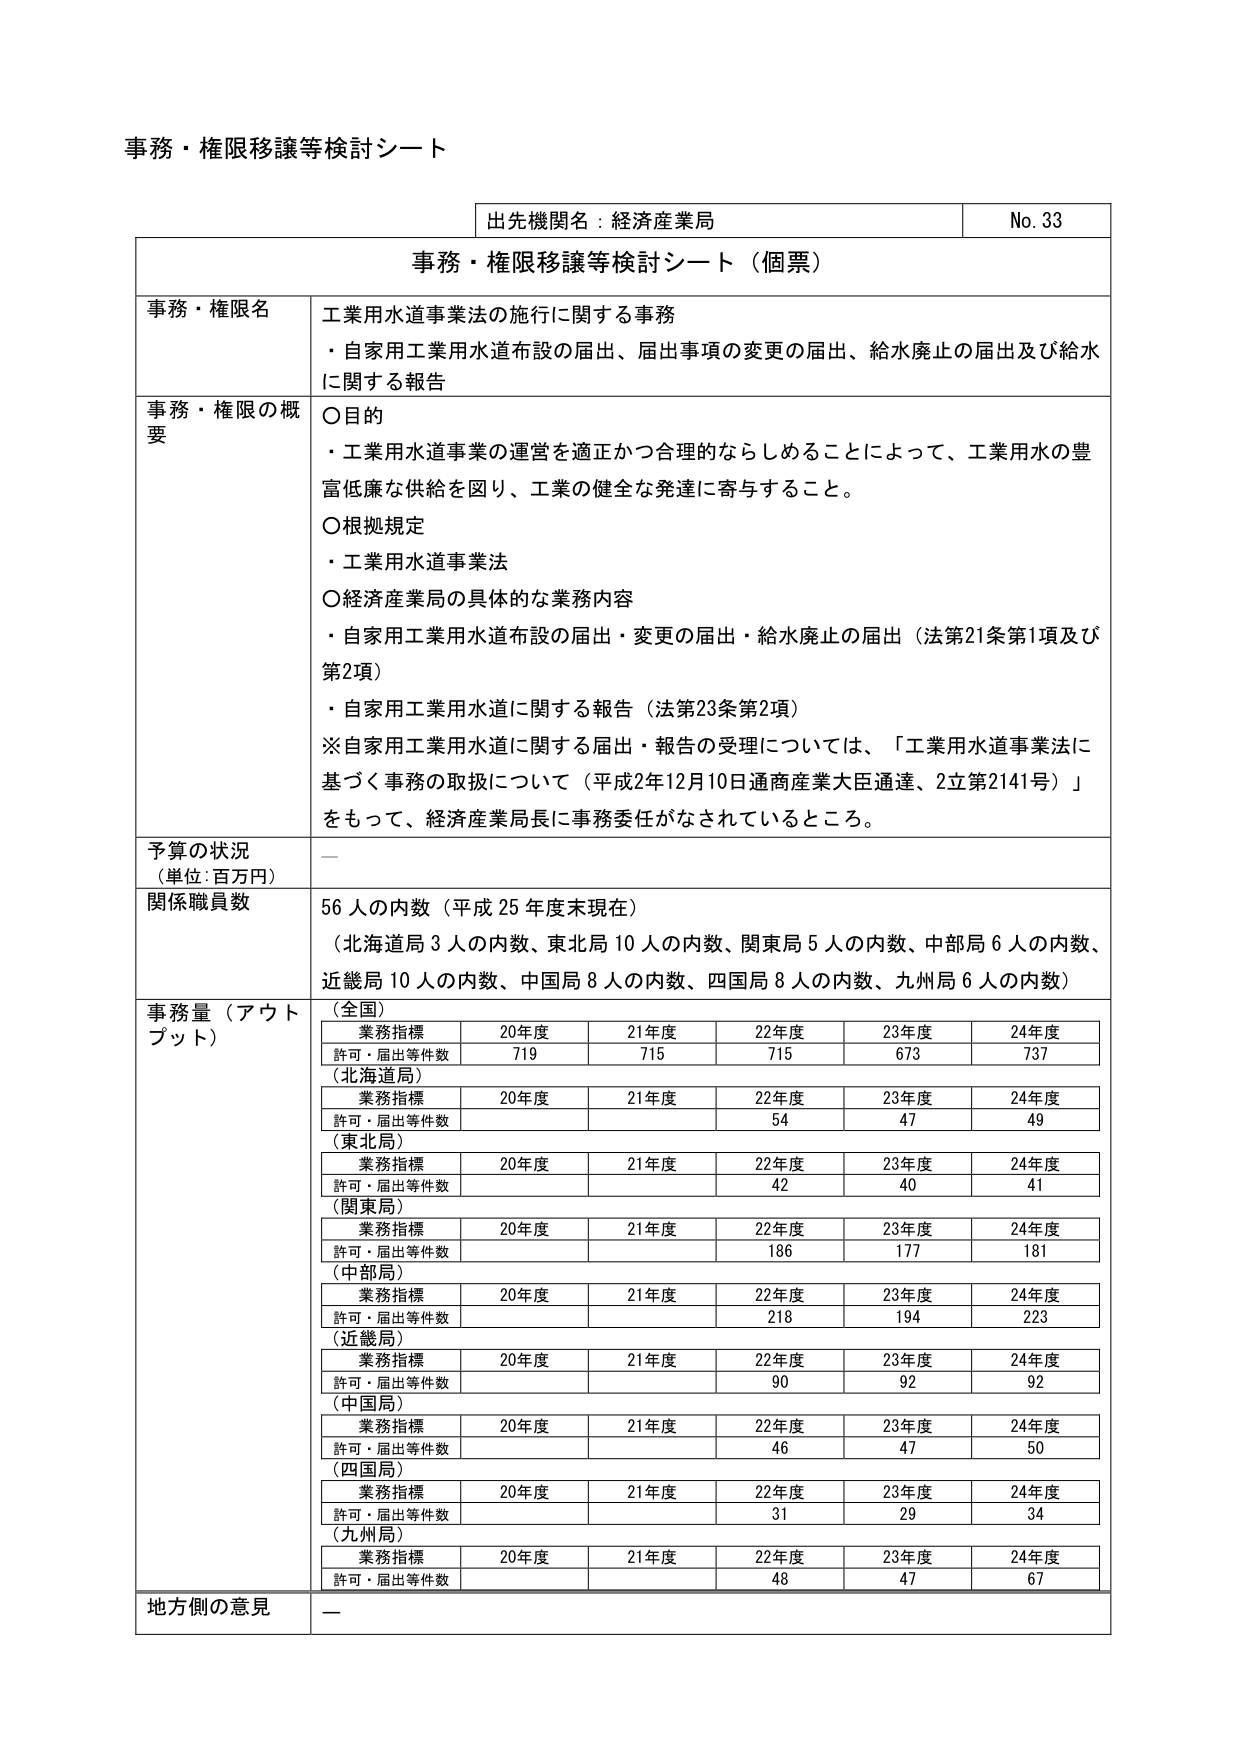
事務・権限移譲等検討シート

出先機関名：経済産業局